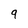
Character: 9